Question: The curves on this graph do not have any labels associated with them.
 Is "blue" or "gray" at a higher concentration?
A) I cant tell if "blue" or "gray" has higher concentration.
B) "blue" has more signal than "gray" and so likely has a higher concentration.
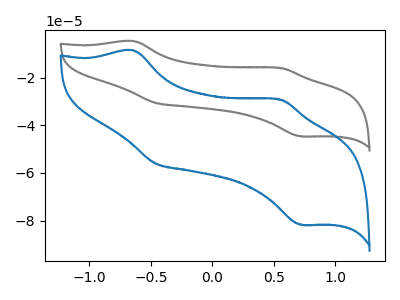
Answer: <think>The gray curve "gray" has anodic peaks at (-0.65V, -4.65uA) (0.55V, -15.95uA) and cathodic peaks at (-0.45V, -30.65uA) (0.70V, -44.65uA). The blue curve "blue" has anodic peaks at (-0.65V, -8.55uA) (0.55V, -29.20uA) and cathodic peaks at (-0.45V, -56.10uA) (0.70V, -81.75uA).
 All the peaks in "blue" have a peak in "gray" at the same potential.</think>
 <answer>A) I cant tell if "blue" or "gray" has higher concentration.</answer>
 <eval>A</eval>